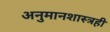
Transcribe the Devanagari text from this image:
अनुमानशास्त्रही